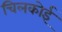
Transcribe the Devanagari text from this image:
चिलकोई